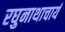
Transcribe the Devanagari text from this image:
रघुनाथाचार्य